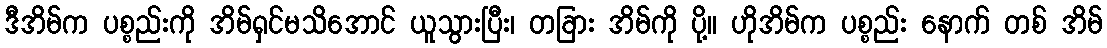
ဒီအိမ်က ပစ္စည်းကို အိမ်ရှင်မသိအောင် ယူသွားပြီး၊ တခြား အိမ်ကို ပို့။ ဟိုအိမ်က ပစ္စည်း နောက် တစ် အိမ်